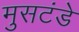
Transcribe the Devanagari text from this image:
मुसटंडे